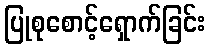
ပြုစုစောင့်ရှောက်ခြင်း